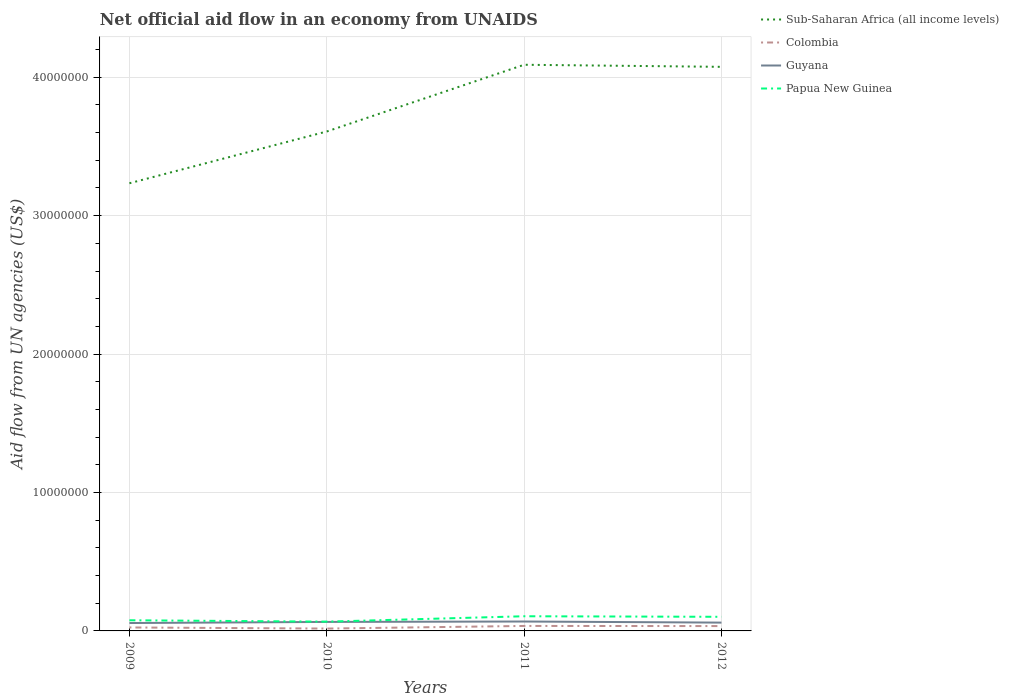
| Years | Sub-Saharan Africa (all income levels) | Colombia | Guyana | Papua New Guinea |
 | --- | --- | --- | --- | --- |
 | 2009 | 3.23e+07 | 2.5e+05 | 5.7e+05 | 7.7e+05 |
 | 2010 | 3.61e+07 | 1.7e+05 | 6.5e+05 | 6.7e+05 |
 | 2011 | 4.09e+07 | 3.6e+05 | 6.8e+05 | 1.06e+06 |
 | 2012 | 4.08e+07 | 3.5e+05 | 6e+05 | 1.02e+06 |